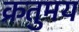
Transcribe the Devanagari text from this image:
क्रतुमय